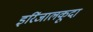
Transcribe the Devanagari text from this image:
इरिंजालकूदा